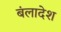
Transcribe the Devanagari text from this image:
बंलादेश